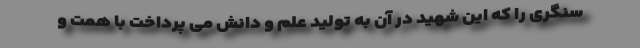
سنگری را که این شهید در آن به تولید علم و دانش می پرداخت با همت و